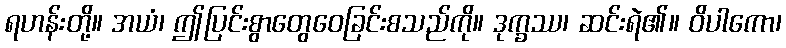
ရဟန်းတို့။ အယံ၊ ဤပြင်းစွာတွေဝေခြင်းစသည်ကို။ ဒုက္ခဿ၊ ဆင်းရဲ၏။ ဝိပါကော၊